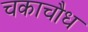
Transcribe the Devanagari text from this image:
चकाचौध